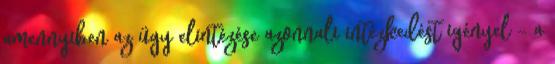
amennyiben az ügy elintézése azonnali intézkedést igényel - a